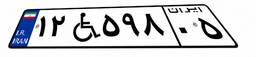
۱۲W۵۹۸۰۵